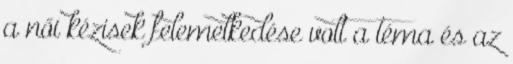
a női kézisek felemelkedése volt a téma és az